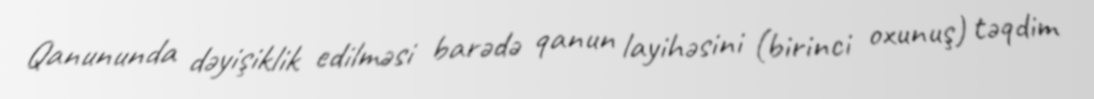
Qanununda dəyişiklik edilməsi barədə qanun layihəsini (birinci oxunuş) təqdim